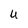
Character: U